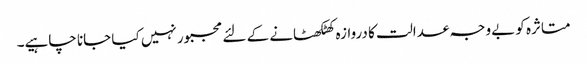
متاثرہ کو بےوجہ عدالت کا دروازہ کھٹکھٹانے کے لئے مجبور نہیں کیا جانا چاہیے۔